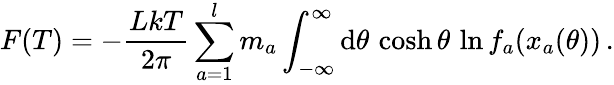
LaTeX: F(T)=-\frac{LkT}{2\pi}\sum_{a=1}^{l}m_{a}\int_{-\infty}^{\infty}\mathrm{d}\theta\, \cosh\theta\, \ln f_{a}(x_{a}(\theta))\, .